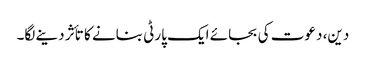
دین، دعوت کی بجائے ایک پارٹی بنانے کا تأثر دینے لگا۔